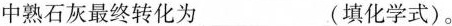
中熟石灰最终转化为___(填化学式)。